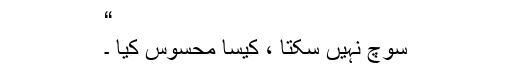
“
سوچ نہیں سکتا ، کیسا محسوس کیا ۔